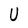
Character: U